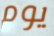
يوم